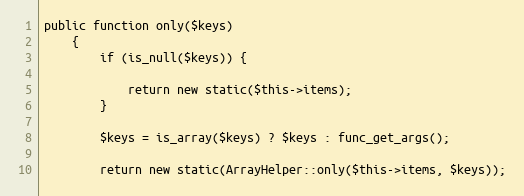
Language: PHP
public function only($keys)
    {
        if (is_null($keys)) {

            return new static($this->items);
        }

        $keys = is_array($keys) ? $keys : func_get_args();

        return new static(ArrayHelper::only($this->items, $keys));